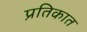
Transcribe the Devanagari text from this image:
प्रतिकात